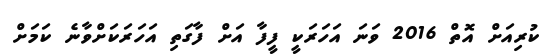
ކުރިއަށް އޮތް 2016 ވަނަ އަހަރަކީ ފީފާ އަށް ފާގަތި އަހަރަކަށްވާނެ ކަމަށް